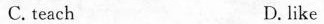
C,teach D,like